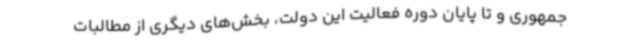
‌جمهوری و تا پایان دوره فعالیت این دولت، بخش‌های دیگری از مطالبات